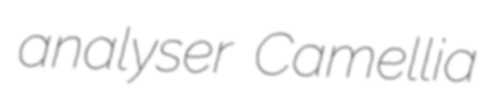
analyser Camellia